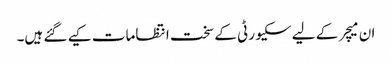
ان میچر کے لیے سکیورٹی کے سخت انتظامات کیے گئے ہیں۔